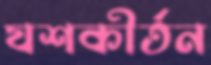
যশকীর্তন